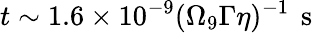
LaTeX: t\sim 1.6\times 10^{-9}(\Omega_{9}\Gamma\eta)^{-1}\, \mathrm{~s~}